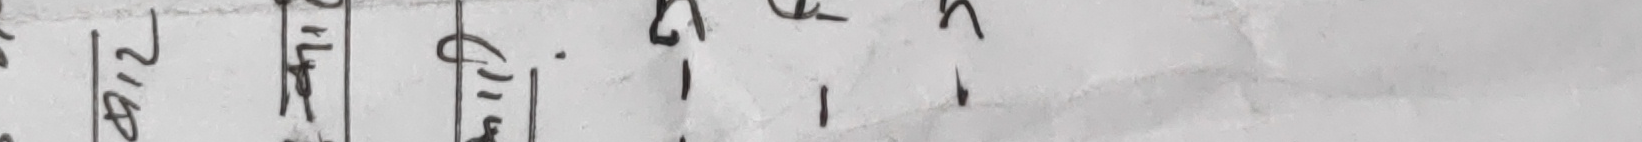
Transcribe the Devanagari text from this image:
२०८० मिति महिना दिन जम्मा
२०७८ ७ १ १